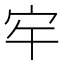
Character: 𭓠